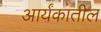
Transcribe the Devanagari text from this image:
आर्यंकातील